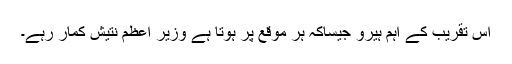
اس تقریب کے اہم ہیرو جیساکہ ہر موقع پر ہوتا ہے وزیر اعظم نتیش کمار رہے۔